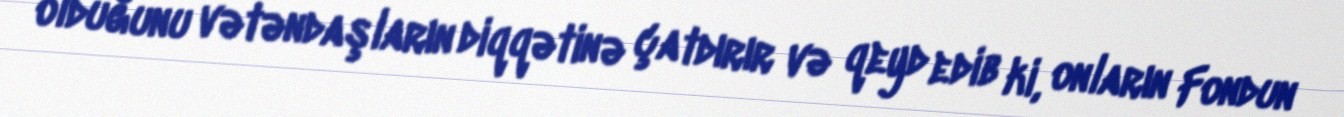
olduğunu vətəndaşların diqqətinə çatdırır və qeyd edib ki, onların Fondun